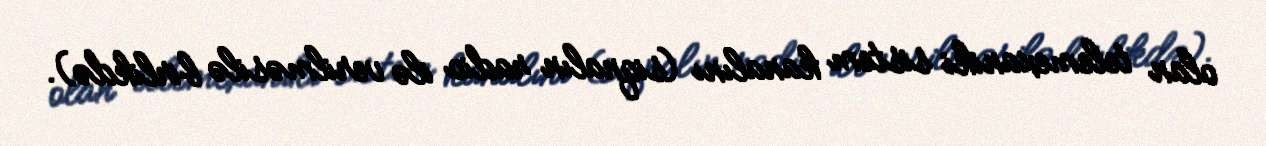
olan telemexaniki sistem kanalını (siqnalın radio ilə verilməsilə birlikdə).